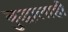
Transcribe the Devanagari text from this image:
बुद्धालाही